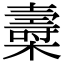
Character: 𣝷